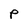
Character: P